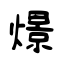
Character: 燝